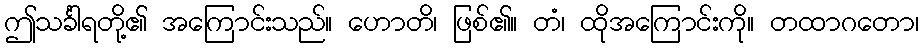
ဤသင်္ခါရတို့၏ အကြောင်းသည်။ ဟောတိ၊ ဖြစ်၏။ တံ၊ ထိုအကြောင်းကို။ တထာဂတော၊